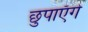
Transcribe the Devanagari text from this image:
छुपाएँगे